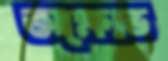
অক্ষোভ